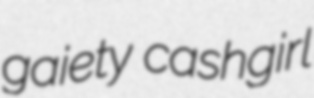
gaiety cashgirl